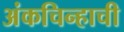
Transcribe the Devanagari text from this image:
अंकचिन्हाची